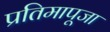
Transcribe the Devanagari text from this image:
प्रतिमापूजा